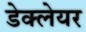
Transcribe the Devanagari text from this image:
डेक्लेयर